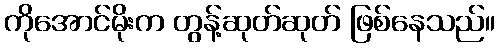
ကိုအောင်မိုးက တွန့်ဆုတ်ဆုတ် ဖြစ်နေသည်။